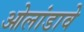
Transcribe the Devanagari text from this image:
ओलांडावे